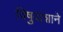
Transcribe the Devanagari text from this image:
विषुवांशाने